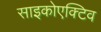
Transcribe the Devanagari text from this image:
साइकोएक्टिव